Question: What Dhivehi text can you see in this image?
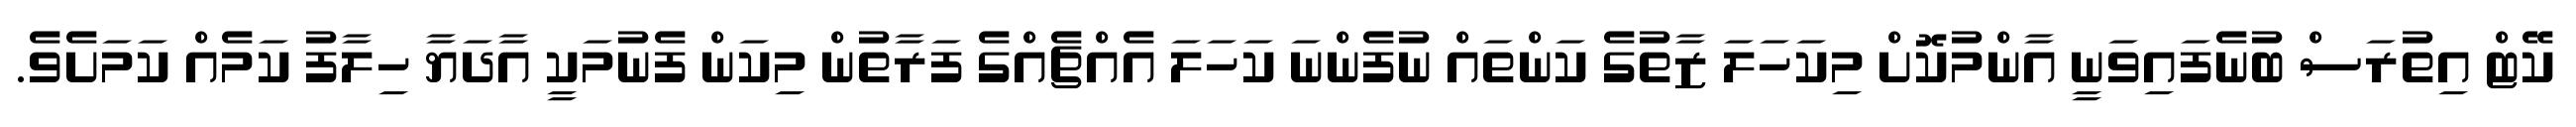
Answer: ކޭޓް އިތުރަސް ބުނެފައިވަނީ އާންމުކޮށް މިކަހަލަ ޒާތުގެ ކަންތައް ނުފެންނަ ކަހަލަ އެއްޗެއްގެ ފަރާތުން މިކަން ފެނުމަކީ އާދަޔާ ހިލާފު ކަމެއް ކަމަށެވެ.